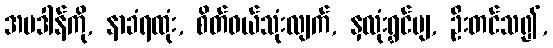
အပဒါန်ကို, နာခံရထုံး, စိတ်ဝယ်သုံးလျက်, နှလုံးရွှင်ပျ, ဦးတင်သ၍,